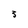
Character: 3